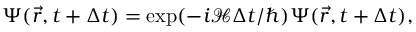
\begin{array} { r } { \Psi ( \vec { r } , t + \Delta t ) = \exp ( - i \mathcal { H } \Delta t / \hbar ) \Psi ( \vec { r } , t + \Delta t ) , } \end{array}